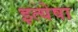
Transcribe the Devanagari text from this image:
इत्येषा